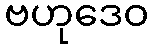
ဗဟုဒေဝ